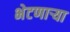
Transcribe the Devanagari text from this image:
भेटणार्‍या